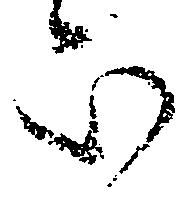
被